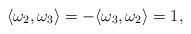
LaTeX: \begin{align*}\langle \omega_2, \omega_3 \rangle = - \langle \omega_3, \omega_2 \rangle = 1, \end{align*}